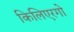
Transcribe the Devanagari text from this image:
किलिएरगो